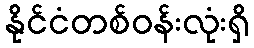
နိုင်ငံတစ်ဝန်းလုံးရှိ